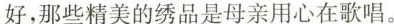
好，那些精美的绣品是母亲用心在歌唱。